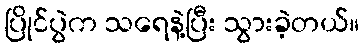
ပြိုင်ပွဲက သရေနဲ့ပြီး သွားခဲ့တယ်။